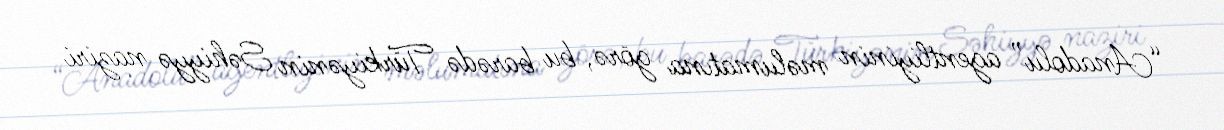
“Anadolu” agentliyinin məlumatına görə, bu barədə Türkiyənin Səhiyyə naziri